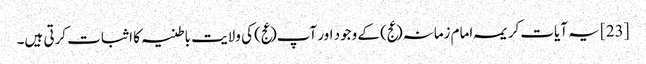
[23] یہ آیات کریمہ امام زمانہ(عج) کے وجود اور آپ(عج) کی ولایت باطنیہ کا اثبات کرتی ہیں۔